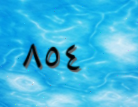
٨٥٤